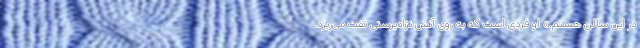
در این سالن هستم.» او فردی است که به روی آتش نژادپرستی نفت می‌ریزد.